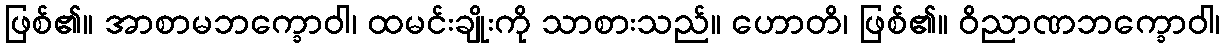
ဖြစ်၏။ အာစာမဘက္ခောဝါ၊ ထမင်းချိုးကို သာစားသည်။ ဟောတိ၊ ဖြစ်၏။ ဝိညာဏဘက္ခောဝါ၊